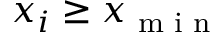
x _ { i } \geq x _ { \textrm { m i n } }